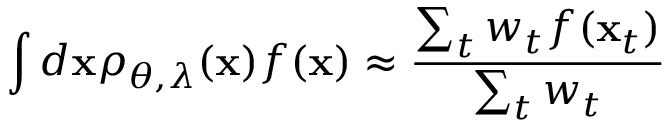
\int d \mathbf { x } \rho _ { \theta , \lambda } ( \mathbf { x } ) f ( \mathbf { x } ) \approx \frac { \sum _ { t } w _ { t } f ( \mathbf { x } _ { t } ) } { \sum _ { t } w _ { t } }